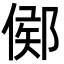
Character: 鄇